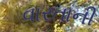
વારતાની